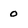
Character: 0